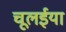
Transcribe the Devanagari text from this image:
चूलईया